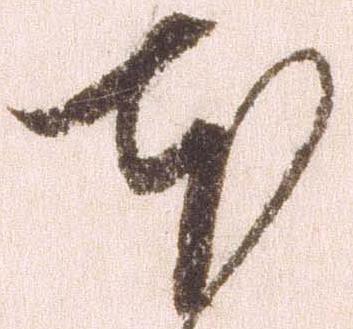
本